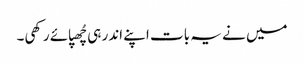
میں نے یہ بات اپنے اندر ہی چُھپائے رکھی۔